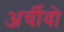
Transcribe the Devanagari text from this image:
अर्चीवो